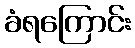
ခံရကြောင်း